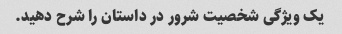
یک ویژگی شخصیت شرور در داستان را شرح دهید.